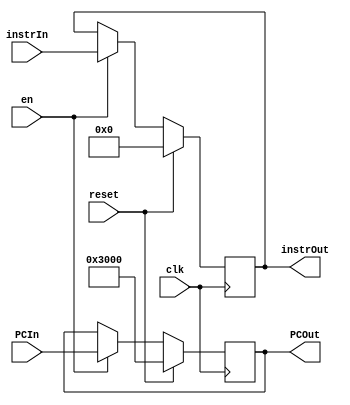
`timescale 1ns / 1ps

module DREG
	(
		input clk,
		input reset,
		input en,
		input [31:0] instrIn,
		input [31:0] PCIn,
		output reg [31:0] instrOut,
		output reg [31:0] PCOut
	);
	
	initial begin
		instrOut <= 32'h0;
		PCOut <= 32'h0000_3000;
	end
	
	always @(posedge clk) begin
		if(reset)
			instrOut <= 32'h0;
		else if(en)
			instrOut <= instrIn;
	end
	
	always @(posedge clk) begin
		if(reset)
			PCOut <= 32'h0000_3000; //
		else if(en)
			PCOut <= PCIn;
	end
	
endmodule